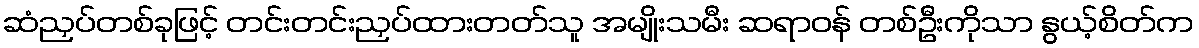
ဆံညှပ်တစ်ခုဖြင့် တင်းတင်းညှပ်ထားတတ်သူ အမျိုးသမီး ဆရာဝန် တစ်ဦးကိုသာ နွယ့်စိတ်က